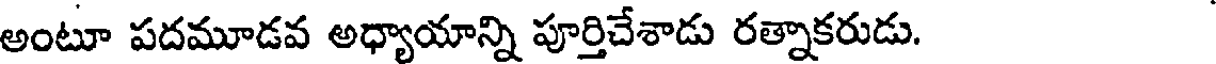
అంటూ పదమూడవ అధ్యాయాన్ని పూర్తిచేశాడు రత్నాకరుడు.